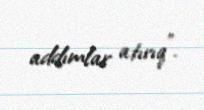
addımlar atırıq”.